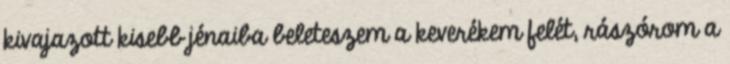
kivajazott kisebb jénaiba beleteszem a keverékem felét, rászórom a